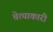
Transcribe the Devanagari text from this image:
चेत्याकारी